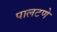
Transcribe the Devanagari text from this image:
पालटणे